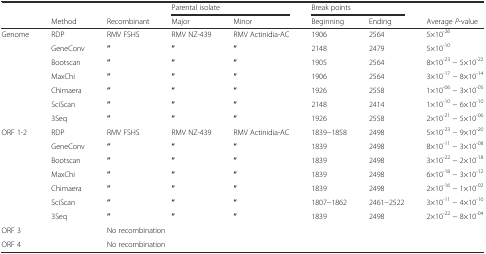
|  |  |  | <COLSPAN=2> Parental isolate | <COLSPAN=2> Break points |  |
 |  | Method | Recombinant | Major | Minor | Beginning | Ending | Average P-value |
 | --- | --- | --- | --- | --- | --- | --- | --- |
 | Genome | RDP | RMV FSHS | RMV NZ-439 | RMV Actinidia-AC | 1906 | 2564 | 5×10-26 |
 |  | GeneConv | ” | ” | ” | 2148 | 2479 | 5×10-10 |
 |  | Bootscan | ” | ” | ” | 1905 | 2564 | 8×10-23 − 5×10-22 |
 |  | MaxChi | ” | ” | ” | 1906 | 2564 | 3×10-17 − 8×10-14 |
 |  | Chimaera | ” | ” | ” | 1926 | 2558 | 1×10-06 − 3×10-05 |
 |  | SciScan | ” | ” | ” | 2148 | 2414 | 1×10-10 − 6×10-10 |
 |  | 3Seq | ” | ” | ” | 1926 | 2558 | 2×10-21 − 5×10-06 |
 | ORF 1-2 | RDP | RMV FSHS | RMV NZ-439 | RMV Actinidia-AC | 1839−1858 | 2498 | 5×10-23 − 9×10-20 |
 |  | GeneConv | ” | ” | ” | 1839 | 2498 | 8×10-11 − 3×10-08 |
 |  | Bootscan | ” | ” | ” | 1839 | 2498 | 3×10-22 − 2×10-18 |
 |  | MaxChi | ” | ” | ” | 1839 | 2498 | 6×10-18 − 3×10-12 |
 |  | Chimaera | ” | ” | ” | 1839 | 2498 | 2×10-16 − 1×10-02 |
 |  | SciScan | ” | ” | ” | 1807−1862 | 2461−2522 | 3×10-11 − 4×10-10 |
 |  | 3Seq | ” | ” | ” | 1839 | 2498 | 2×10-22 − 8×10-04 |
 | ORF 3 |  | <COLSPAN=6> No recombination |
 | ORF 4 |  | <COLSPAN=6> No recombination |